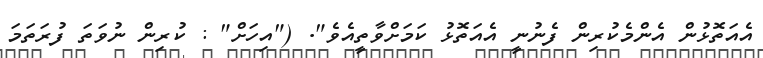
އެއަތޮޅުން އެންމެކުރިން ފެނުނީ އެއަތޮޅު ކަމަށްވާތީއެވެ". ("އިހަށް" : ކުރިން ނުވަތަ ފުރަތަމަ